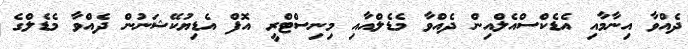
ދެއްވާ އިނާމާއި އެޑެކްސްއެލްއިން ދެއްވާ މެޑެލްއާއި މިނިސްޓްރީ އޮފް އެޑިޔުކޭޝަނުން ދެއްވާ މެޑެލްގެ